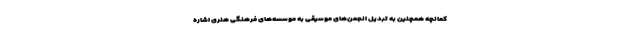
کمانچه همچنین به تبدیل انجمن‌های موسیقی به موسسه‌های فرهنگی هنری اشاره